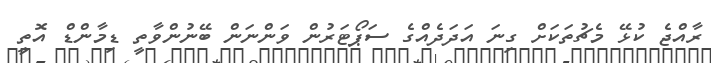
ރާއްޖެ ކުޅޭ މެޗުތަކަށް ގިނަ އަދަދެއްގެ ސަޕޯޓަރުން ވަންނަން ބޭނުންވާތީ ޑިމާންޑް އޮތީ